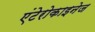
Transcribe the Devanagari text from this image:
एंटेरोकाइनेज